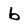
Character: b